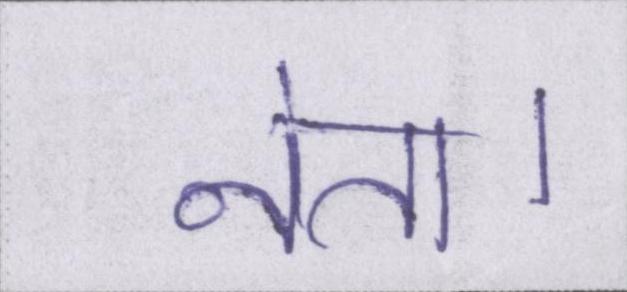
नेता।